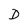
Character: D